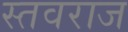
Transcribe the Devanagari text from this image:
स्तवराज